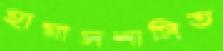
হামাসশাসিত